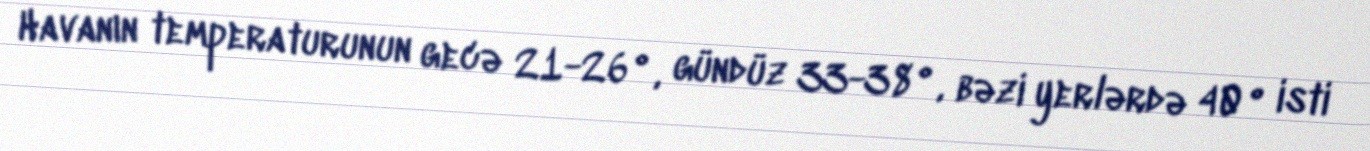
Havanın temperaturunun gecə 21-26°, gündüz 33-38°, bəzi yerlərdə 40° isti